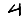
Digit: 4